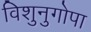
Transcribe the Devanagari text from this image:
विशुनुगोपा